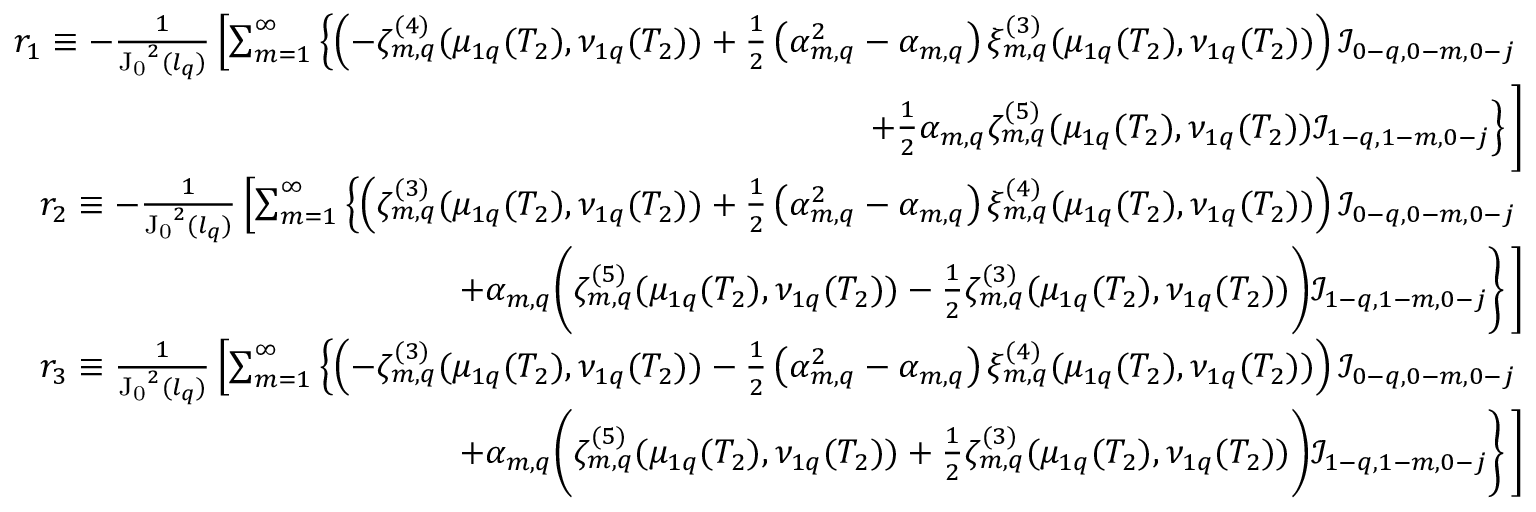
\begin{array} { r l r } { \footnotesize } & { } & { r _ { 1 } \equiv - \frac { 1 } { \mathrm { J _ { 0 } } ^ { 2 } ( l _ { q } ) } \left[ \sum _ { m = 1 } ^ { \infty } \left\{ \left( - \zeta _ { m , q } ^ { ( 4 ) } ( \mu _ { 1 q } ( T _ { 2 } ) , \nu _ { 1 q } ( T _ { 2 } ) ) + \frac { 1 } { 2 } \left( \alpha _ { m , q } ^ { 2 } - \alpha _ { m , q } \right) \xi _ { m , q } ^ { ( 3 ) } ( \mu _ { 1 q } ( T _ { 2 } ) , \nu _ { 1 q } ( T _ { 2 } ) ) \right) \mathcal { I } _ { 0 - q , 0 - m , 0 - j } \right. \right. } \\ & { } & { \left. + \frac { 1 } { 2 } \alpha _ { m , q } \zeta _ { m , q } ^ { ( 5 ) } ( \mu _ { 1 q } ( T _ { 2 } ) , \nu _ { 1 q } ( T _ { 2 } ) ) \mathcal { I } _ { 1 - q , 1 - m , 0 - j } \right\} \Bigg ] } \\ & { } & { r _ { 2 } \equiv - \frac { 1 } { \mathrm { J _ { 0 } } ^ { 2 } ( l _ { q } ) } \left[ \sum _ { m = 1 } ^ { \infty } \left\{ \left( \zeta _ { m , q } ^ { ( 3 ) } ( \mu _ { 1 q } ( T _ { 2 } ) , \nu _ { 1 q } ( T _ { 2 } ) ) + \frac { 1 } { 2 } \left( \alpha _ { m , q } ^ { 2 } - \alpha _ { m , q } \right) \xi _ { m , q } ^ { ( 4 ) } ( \mu _ { 1 q } ( T _ { 2 } ) , \nu _ { 1 q } ( T _ { 2 } ) ) \right) \mathcal { I } _ { 0 - q , 0 - m , 0 - j } \right. \right. } \\ & { } & { \left. + \alpha _ { m , q } \bigg ( \zeta _ { m , q } ^ { ( 5 ) } ( \mu _ { 1 q } ( T _ { 2 } ) , \nu _ { 1 q } ( T _ { 2 } ) ) - \frac { 1 } { 2 } \zeta _ { m , q } ^ { ( 3 ) } ( \mu _ { 1 q } ( T _ { 2 } ) , \nu _ { 1 q } ( T _ { 2 } ) ) \bigg ) \mathcal { I } _ { 1 - q , 1 - m , 0 - j } \right\} \Bigg ] } \\ & { } & { r _ { 3 } \equiv \frac { 1 } { \mathrm { J _ { 0 } } ^ { 2 } ( l _ { q } ) } \left[ \sum _ { m = 1 } ^ { \infty } \left\{ \left( - \zeta _ { m , q } ^ { ( 3 ) } ( \mu _ { 1 q } ( T _ { 2 } ) , \nu _ { 1 q } ( T _ { 2 } ) ) - \frac { 1 } { 2 } \left( \alpha _ { m , q } ^ { 2 } - \alpha _ { m , q } \right) \xi _ { m , q } ^ { ( 4 ) } ( \mu _ { 1 q } ( T _ { 2 } ) , \nu _ { 1 q } ( T _ { 2 } ) ) \right) \mathcal { I } _ { 0 - q , 0 - m , 0 - j } \right. \right. } \\ & { } & { \left. + \alpha _ { m , q } \bigg ( \zeta _ { m , q } ^ { ( 5 ) } ( \mu _ { 1 q } ( T _ { 2 } ) , \nu _ { 1 q } ( T _ { 2 } ) ) + \frac { 1 } { 2 } \zeta _ { m , q } ^ { ( 3 ) } ( \mu _ { 1 q } ( T _ { 2 } ) , \nu _ { 1 q } ( T _ { 2 } ) ) \bigg ) \mathcal { I } _ { 1 - q , 1 - m , 0 - j } \right\} \Bigg ] } \end{array}